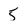
Character: 5